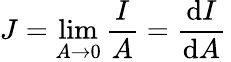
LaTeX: J=\operatorname*{lim}_{A\rightarrow 0}{\frac{I}{A}}={\frac{\mathrm{d}I}{\mathrm{d}A}}\,